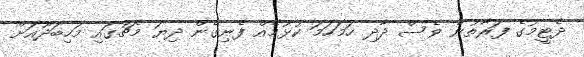
ދެޓީމުގެ ފަރާތުން ވެސް ދާދި ހަމަހަމަ ކުޅުމެއް ފެނިގެން ދިޔަ މެޗުގައި މަހިބަދޫއަށް